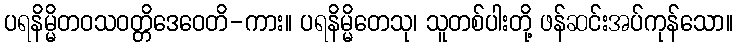
ပရနိမ္မိတဝသဝတ္တိဒေဝေတိ-ကား။ ပရနိမ္မိတေသု၊ သူတစ်ပါးတို့ ဖန်ဆင်းအပ်ကုန်သော။